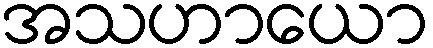
အသဟာယော